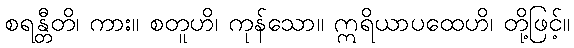
စရန္တီတိ၊ ကား။ စတူဟိ၊ ကုန်သော။ ဣရိယာပထေဟိ၊ တို့ဖြင့်။